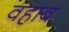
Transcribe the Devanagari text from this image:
वहाव